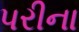
પરીના